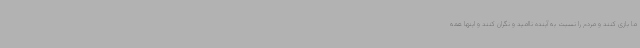
ما بازی کنند و مردم را نسبت به آینده ناامید و نگران کنند و اینها همه